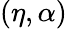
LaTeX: (\eta,\alpha)